Lunatic asylums Punjab 1881-1894 - 1881-1894
Year: 1881
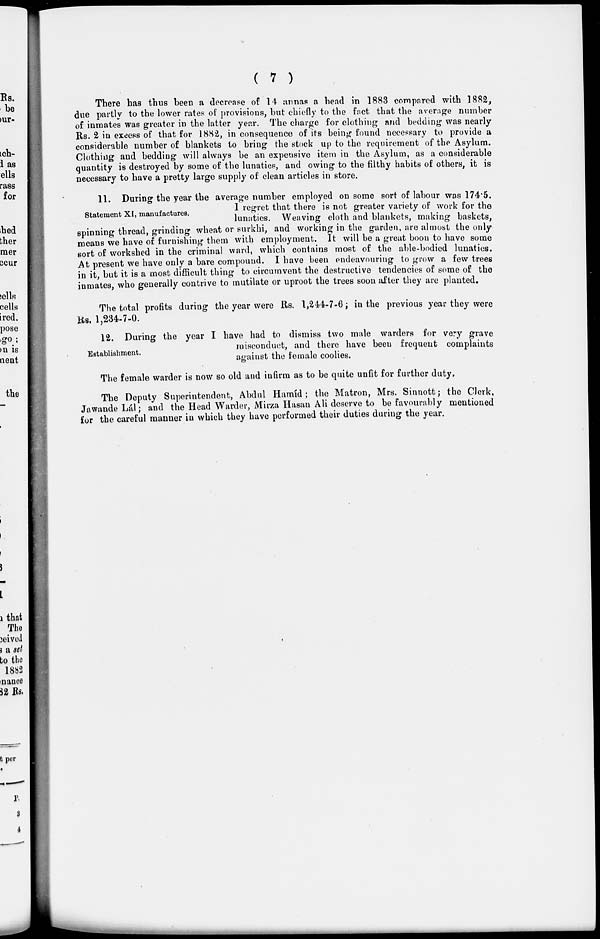
( 7 )
There has thus been a decrease of 14 annas a head in 1883 compared with 1882,
due partly to the lower rates of provisions, but chiefly to the fact that the average number
of inmates was greater in the latter year. The charge for clothing and bedding was nearly
Rs. 2 in excess of that for 1882, in consequence of its being found necessary to provide a
considerable number of blankets to bring the stock up to the requirement of the Asylum.
Clothing and bedding will always be an expensive item in the Asylum, as a considerable
quantity is destroyed by some of the lunatics, and owing to the filthy habits of others, it is
necessary to have a pretty large supply of clean articles in store.
Statement XI, manufactures.
11. During the year the average number employed on some sort of labour was 174.5.
I regret that there is not greater variety of work for the
lunatics. Weaving cloth and blankets, making baskets,
spinning thread, grinding wheat or surkhi, and working in the garden, are almost the only
means we have of furnishing them with employment. It will be a great boon to have some
sort of workshed in the criminal ward, which contains most of the able-bodied lunatics.
At present we have only a bare compound. I have been endeavouring to grow a few trees
in it, but it is a most difficult thing to circumvent the destructive tendencies of some of the
inmates, who generally contrive to mutilate or uproot the trees soon after they are planted.
The total profits during the year were Rs. 1,244-7-6; in the previous year they were
Rs. 1,234-7-0.
Establishment.
12. During the year I have had to dismiss two male warders for very grave
misconduct, and there have been frequent complaints
against the female coolies.
The female warder is now so old and infirm as to be quite unfit for further duty.
The Deputy Superintendent, Abdul Hamíd; the Matron, Mrs. Sinnott; the Clerk
Jawande Lál ; and the Head Warder, Mirza Hasan Ali deserve to be favourably mentioned
for the careful manner in which they have performed their duties during the year.